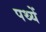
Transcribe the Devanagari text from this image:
पथ्यें